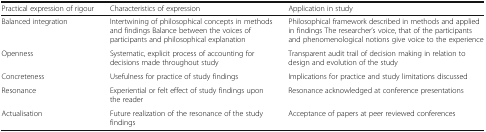
| Practical expression of rigour | Characteristics of expression | Application in study |
 | --- | --- | --- |
 | Balanced integration | Intertwining of philosophical concepts in methods and findings Balance between the voices of participants and philosophical explanation | Philosophical framework described in methods and applied in findings The researcher’s voice, that of the participants and phenomenological notions give voice to the experience |
 | Openness | Systematic, explicit process of accounting for decisions made throughout study | Transparent audit trail of decision making in relation to design and evolution of the study |
 | Concreteness | Usefulness for practice of study findings | Implications for practice and study limitations discussed |
 | Resonance | Experiential or felt effect of study findings upon the reader | Resonance acknowledged at conference presentations |
 | Actualisation | Future realization of the resonance of the study findings | Acceptance of papers at peer reviewed conferences |